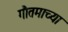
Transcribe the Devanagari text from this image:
गौतमाच्या